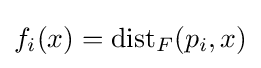
f_{i}(x)=\mathrm {dist} _{F}(p_{i},x)